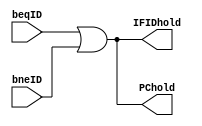
`timescale 1ns / 1ps
//////////////////////////////////////////////////////////////////////////////////
// Company: 
// Engineer: 
// 
// Design Name: 
// Module Name:    branchStateControl 
// Project Name: 
// Target Devices: 
// Tool versions: 
// Description: 
//
// Dependencies: 
//
// Revision: 
// Revision 0.01 - File Created
// Additional Comments: 
//
//////////////////////////////////////////////////////////////////////////////////
module branchStateControl(IFIDhold,PChold,beqID,bneID);
output IFIDhold,PChold;
input beqID,bneID;
assign PChold= beqID||bneID;
assign IFIDhold= beqID||bneID;
endmodule